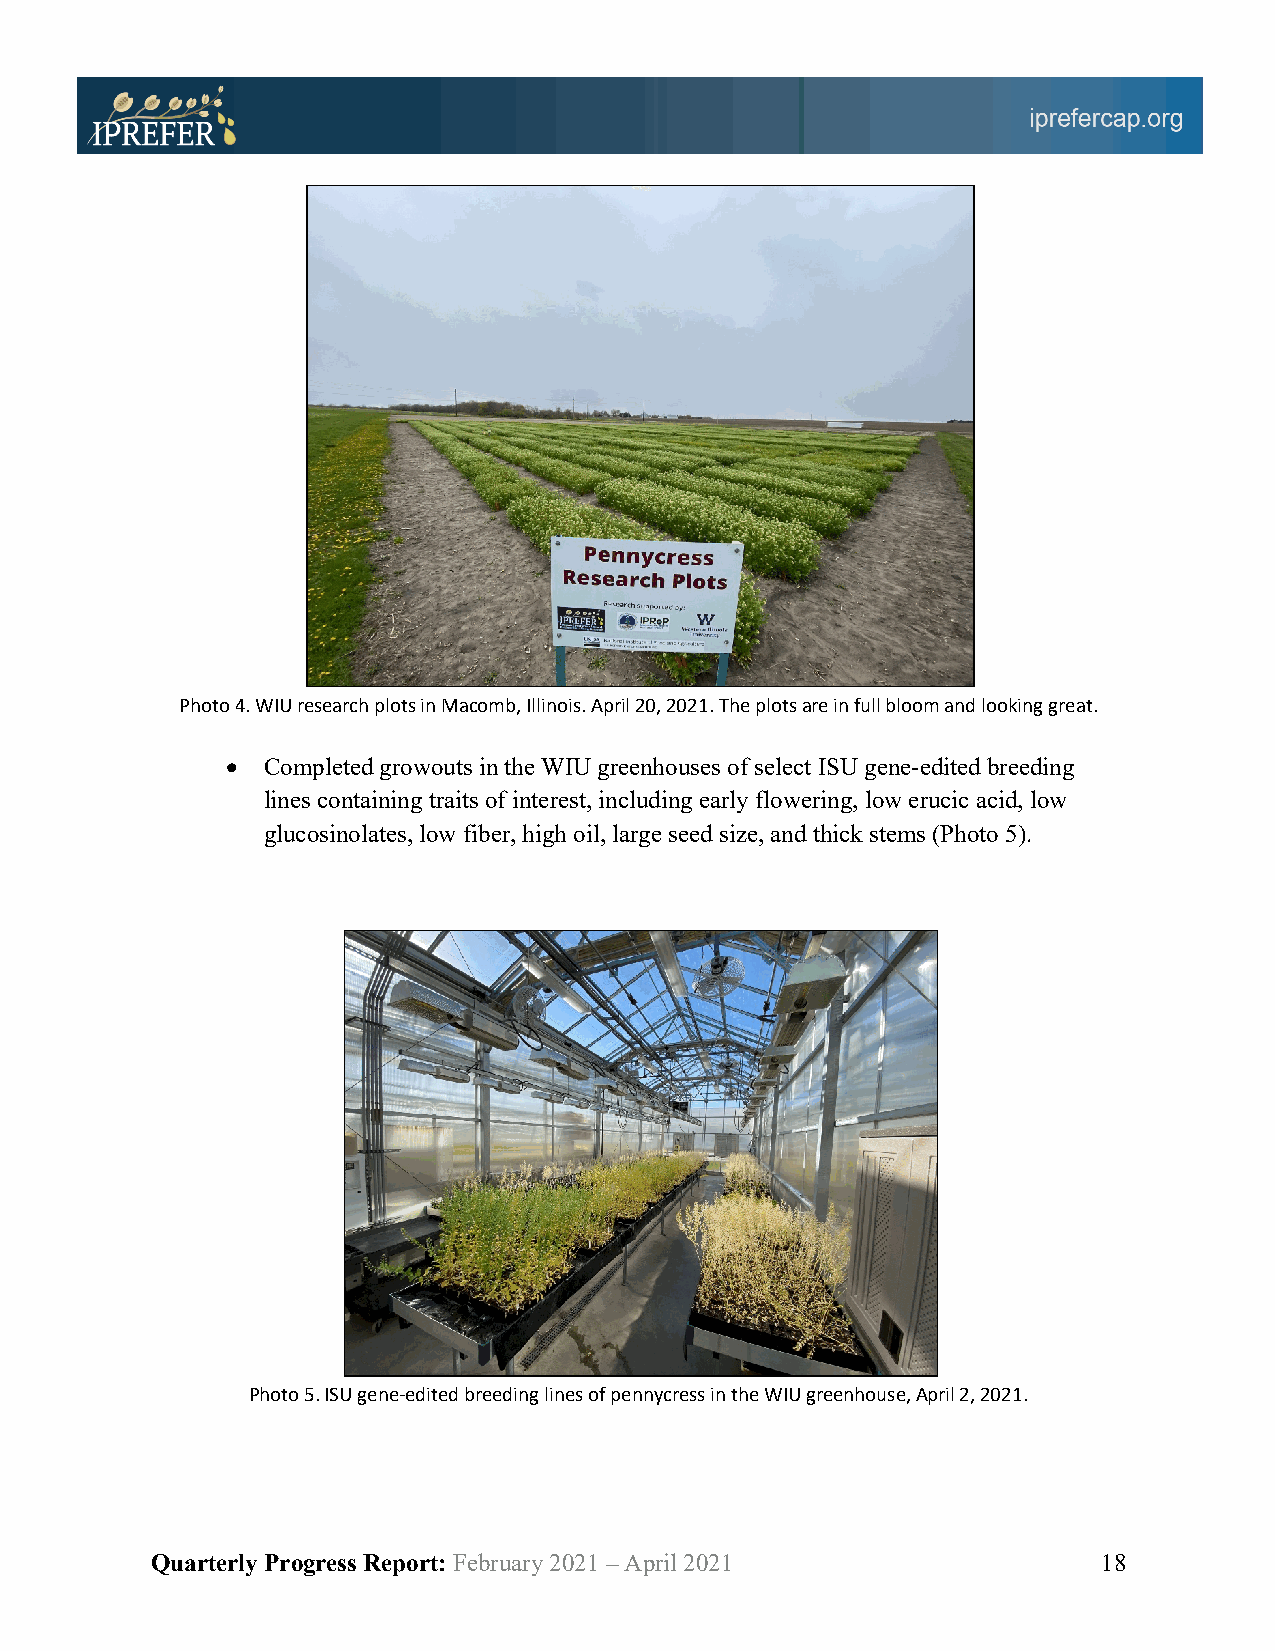
Photo 4. WIU research plots in Macomb, Illinois. April 20, 2021. The plots are in full bloom and looking great.
 • Completed growouts in the WIU greenhouses of select ISU gene-edited breeding
 lines containing traits of interest, including early flowering, low erucic acid, low
 glucosinolates, low fiber, high oil, large seed size, and thick stems (Photo 5).
 Photo 5. ISU gene-edited breeding lines of pennycress in the WIU greenhouse, April 2, 2021.
 Quarterly Progress Report: February 2021 – April 2021          18